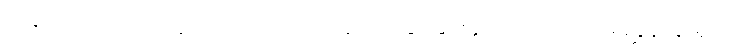
အခုတော့လိုင်းပေါ်တွင်လက်ဝဲဘက် ကိုခလုတ်နှိပ်ခြင်းနှင့်ကိုင်သည်လမ်းညွှန်ဆွဲယူပါ။